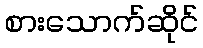
စားသောက်ဆိုင်